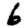
Digit: 6